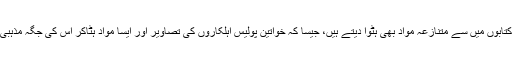
اکثر و بیشتر وہ اسکول کی کتابوں میں سے متنازعہ مواد بھی ہٹوا دیتے ہیں، جیسا کہ خواتین پولیس اہلکاروں کی تصاویر اور ایسا مواد ہٹاکر اس کی جگہ مذہبی مواد کا اضافہ کیا جاتا ہے۔